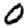
Digit: 0